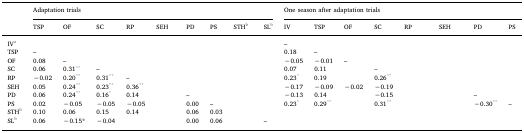
<table><thead><tr><td>[EMPTY_CELL]</td><td colspan="9"><b>Adaptation trials</b></td><td colspan="8"><b>One season after adaptation trials</b></td></tr><tr><td>[EMPTY_CELL]</td><td><b>TSP</b></td><td><b>OF</b></td><td><b>SC</b></td><td><b>RP</b></td><td><b>SEH</b></td><td><b>PD</b></td><td><b>PS</b></td><td><b>STHb</b></td><td><b>SLb</b></td><td><b>IV</b></td><td><b>TSP</b></td><td><b>OF</b></td><td><b>SC</b></td><td><b>RP</b></td><td><b>SEH</b></td><td><b>PD</b></td><td><b>PS</b></td></tr></thead><tbody><tr><td>IVa</td><td>[EMPTY_CELL]</td><td>[EMPTY_CELL]</td><td>[EMPTY_CELL]</td><td>[EMPTY_CELL]</td><td>[EMPTY_CELL]</td><td>[EMPTY_CELL]</td><td>[EMPTY_CELL]</td><td>[EMPTY_CELL]</td><td>[EMPTY_CELL]</td><td>–</td><td>[EMPTY_CELL]</td><td>[EMPTY_CELL]</td><td>[EMPTY_CELL]</td><td>[EMPTY_CELL]</td><td>[EMPTY_CELL]</td><td>[EMPTY_CELL]</td><td>[EMPTY_CELL]</td></tr><tr><td>TSP</td><td>–</td><td>[EMPTY_CELL]</td><td>[EMPTY_CELL]</td><td>[EMPTY_CELL]</td><td>[EMPTY_CELL]</td><td>[EMPTY_CELL]</td><td>[EMPTY_CELL]</td><td>[EMPTY_CELL]</td><td>[EMPTY_CELL]</td><td>0.18</td><td>–</td><td>[EMPTY_CELL]</td><td>[EMPTY_CELL]</td><td>[EMPTY_CELL]</td><td>[EMPTY_CELL]</td><td>[EMPTY_CELL]</td><td>[EMPTY_CELL]</td></tr><tr><td>OF</td><td>0.08</td><td>–</td><td>[EMPTY_CELL]</td><td>[EMPTY_CELL]</td><td>[EMPTY_CELL]</td><td>[EMPTY_CELL]</td><td>[EMPTY_CELL]</td><td>[EMPTY_CELL]</td><td>[EMPTY_CELL]</td><td>−0.05</td><td>−0.01</td><td>–</td><td>[EMPTY_CELL]</td><td>[EMPTY_CELL]</td><td>[EMPTY_CELL]</td><td>[EMPTY_CELL]</td><td>[EMPTY_CELL]</td></tr><tr><td>SC</td><td>0.06</td><td>0.31**</td><td>–</td><td>[EMPTY_CELL]</td><td>[EMPTY_CELL]</td><td>[EMPTY_CELL]</td><td>[EMPTY_CELL]</td><td>[EMPTY_CELL]</td><td>[EMPTY_CELL]</td><td>0.07</td><td>0.11</td><td>[EMPTY_CELL]</td><td>–</td><td>[EMPTY_CELL]</td><td>[EMPTY_CELL]</td><td>[EMPTY_CELL]</td><td>[EMPTY_CELL]</td></tr><tr><td>RP</td><td>−0.02</td><td>0.20**</td><td>0.31**</td><td>–</td><td>[EMPTY_CELL]</td><td>[EMPTY_CELL]</td><td>[EMPTY_CELL]</td><td>[EMPTY_CELL]</td><td>[EMPTY_CELL]</td><td>0.23*</td><td>0.19</td><td>[EMPTY_CELL]</td><td>0.26**</td><td>[EMPTY_CELL]</td><td>[EMPTY_CELL]</td><td>[EMPTY_CELL]</td><td>[EMPTY_CELL]</td></tr><tr><td>SEH</td><td>0.05</td><td>0.24**</td><td>0.23**</td><td>0.36**</td><td>[EMPTY_CELL]</td><td>[EMPTY_CELL]</td><td>[EMPTY_CELL]</td><td>[EMPTY_CELL]</td><td>[EMPTY_CELL]</td><td>−0.17</td><td>−0.09</td><td>−0.02</td><td>−0.19</td><td>[EMPTY_CELL]</td><td>[EMPTY_CELL]</td><td>[EMPTY_CELL]</td><td>[EMPTY_CELL]</td></tr><tr><td>PD</td><td>0.06</td><td>0.24**</td><td>0.16*</td><td>0.14</td><td>[EMPTY_CELL]</td><td>–</td><td>[EMPTY_CELL]</td><td>[EMPTY_CELL]</td><td>[EMPTY_CELL]</td><td>−0.13</td><td>0.14</td><td>[EMPTY_CELL]</td><td>−0.15</td><td>[EMPTY_CELL]</td><td>[EMPTY_CELL]</td><td>–</td><td>[EMPTY_CELL]</td></tr><tr><td>PS</td><td>0.02</td><td>−0.05</td><td>−0.05</td><td>−0.05</td><td>[EMPTY_CELL]</td><td>0.00</td><td>–</td><td>[EMPTY_CELL]</td><td>[EMPTY_CELL]</td><td>0.23*</td><td>0.29**</td><td>[EMPTY_CELL]</td><td>0.31**</td><td>[EMPTY_CELL]</td><td>[EMPTY_CELL]</td><td>−0.30**</td><td>–</td></tr><tr><td>STHb</td><td>0.10</td><td>0.06</td><td>0.15</td><td>0.14</td><td>[EMPTY_CELL]</td><td>0.06</td><td>0.03</td><td>[EMPTY_CELL]</td><td>[EMPTY_CELL]</td><td>[EMPTY_CELL]</td><td>[EMPTY_CELL]</td><td>[EMPTY_CELL]</td><td>[EMPTY_CELL]</td><td>[EMPTY_CELL]</td><td>[EMPTY_CELL]</td><td>[EMPTY_CELL]</td><td>[EMPTY_CELL]</td></tr><tr><td>SLb</td><td>0.06</td><td>−0.15*</td><td>−0.04</td><td>[EMPTY_CELL]</td><td>[EMPTY_CELL]</td><td>0.00</td><td>0.06</td><td>[EMPTY_CELL]</td><td>–</td><td>[EMPTY_CELL]</td><td>[EMPTY_CELL]</td><td>[EMPTY_CELL]</td><td>[EMPTY_CELL]</td><td>[EMPTY_CELL]</td><td>[EMPTY_CELL]</td><td>[EMPTY_CELL]</td><td>[EMPTY_CELL]</td></tr></tbody></table>